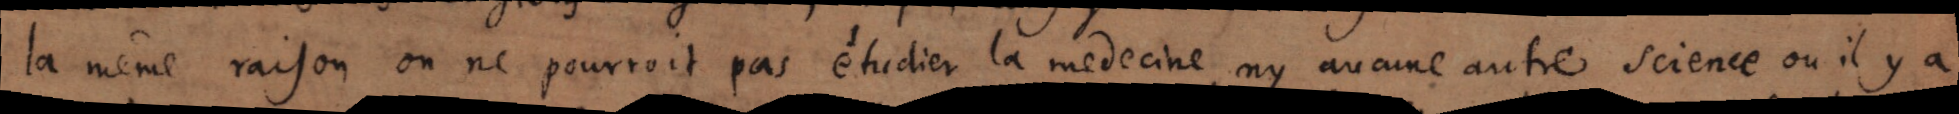
la même raison on ne pourroit pas étudier la medicine ny aucune autre science ou il y a